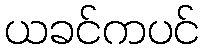
ယခင်ကပင်